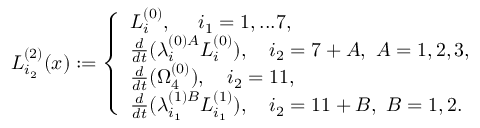
L _ { i _ { 2 } } ^ { ( 2 ) } ( x ) : = \left\{ \begin{array} { l l l l } { { L _ { i } ^ { ( 0 ) } , ~ ~ ~ \ i _ { 1 } = 1 , . . . 7 , } } \\ { { \frac { d } { d t } ( \lambda _ { i } ^ { ( 0 ) A } L _ { i } ^ { ( 0 ) } ) , ~ ~ ~ i _ { 2 } = 7 + A , ~ A = 1 , 2 , 3 , } } \\ { { \frac { d } { d t } ( \Omega _ { 4 } ^ { ( 0 ) } ) , ~ ~ ~ i _ { 2 } = 1 1 , } } \\ { { \frac { d } { d t } ( \lambda _ { i _ { 1 } } ^ { ( 1 ) B } L _ { i _ { 1 } } ^ { ( 1 ) } ) , ~ ~ ~ i _ { 2 } = 1 1 + B , ~ B = 1 , 2 . } } \end{array} \right.